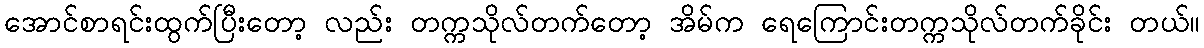
အောင်စာရင်းထွက်ပြီးတော့ လည်း တက္ကသိုလ်တက်တော့ အိမ်က ရေကြောင်းတက္ကသိုလ်တက်ခိုင်း တယ်။